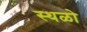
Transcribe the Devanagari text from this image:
स्थळो